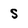
Character: S